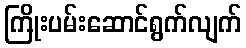
ကြိုးပမ်းဆောင်ရွက်လျက်